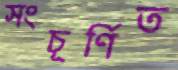
সংচূর্ণিত